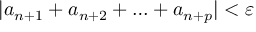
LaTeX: | a _ { n + 1 } + a _ { n + 2 } + \ldots + a _ { n + p } | < \varepsilon